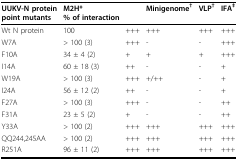
| UUKV-N proteinpoint mutants | M2H*% of interaction |  | Minigenome† | VLP† | IFA‡ |
 | --- | --- | --- | --- | --- | --- |
 | Wt N protein | 100 | +++ | +++ | +++ | +++ |
 | W7A | > 100 (3) | +++ | - | - | +++ |
 | F10A | 34 ± 4 (2) | + | + | + | +++ |
 | I14A | 60 ± 18 (3) | ++ | - | - | + |
 | W19A | > 100 (3) | +++ | +/++ | - | + |
 | I24A | 56 ± 12 (2) | ++ | - | - | + |
 | F27A | > 100 (3) | +++ | - | - | ++ |
 | F31A | 23 ± 5 (2) | + | - | - | ++ |
 | Y33A | > 100 (2) | +++ | +++ | +++ | +++ |
 | QQ244,245AA | > 100 (2) | +++ | +++ | +++ | +++ |
 | R251A | 96 ± 11 (2) | +++ | +++ | +++ | +++ |